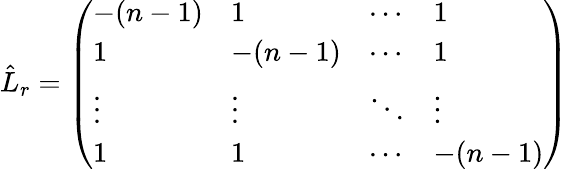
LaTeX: \hat{L}_{r}=\left(\begin{array}{llll}{-(n-1)}&{1}&{\cdots}&{1}\\ {1}&{-(n-1)}&{\cdots}&{1}\\ {\vdots}&{\vdots}&{\ddots}&{\vdots}\\ {1}&{1}&{\cdots}&{-(n-1)}\end{array}\right)